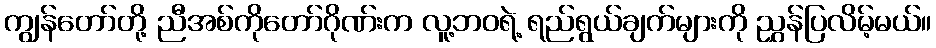
ကျွန်တော်တို့ ညီအစ်ကိုတော်ဂိုဏ်းက လူ့ဘဝရဲ့ ရည်ရွယ်ချက်များကို ညွှန်ပြလိမ့်မယ်။